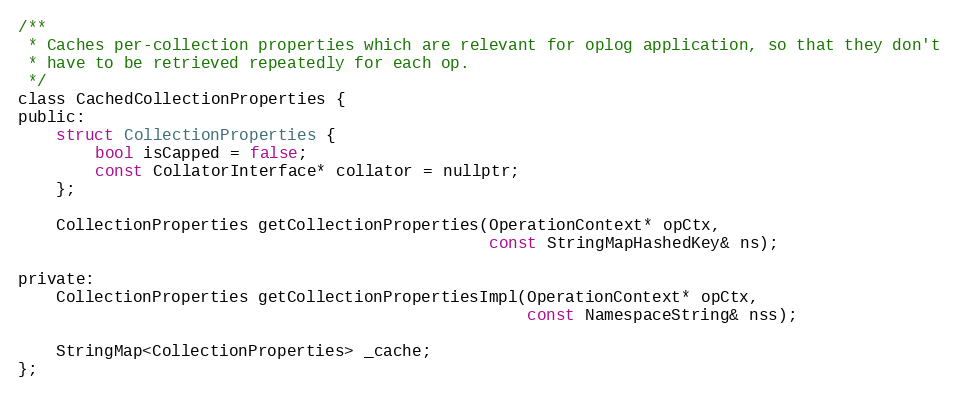
Language: C
/**
 * Caches per-collection properties which are relevant for oplog application, so that they don't
 * have to be retrieved repeatedly for each op.
 */
class CachedCollectionProperties {
public:
    struct CollectionProperties {
        bool isCapped = false;
        const CollatorInterface* collator = nullptr;
    };

    CollectionProperties getCollectionProperties(OperationContext* opCtx,
                                                 const StringMapHashedKey& ns);

private:
    CollectionProperties getCollectionPropertiesImpl(OperationContext* opCtx,
                                                     const NamespaceString& nss);

    StringMap<CollectionProperties> _cache;
};